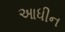
આધીન